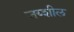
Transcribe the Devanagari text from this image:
जय्शील